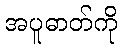
အပူဓာတ်ကို